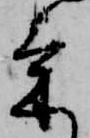
け